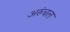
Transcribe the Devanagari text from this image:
अरुंचल